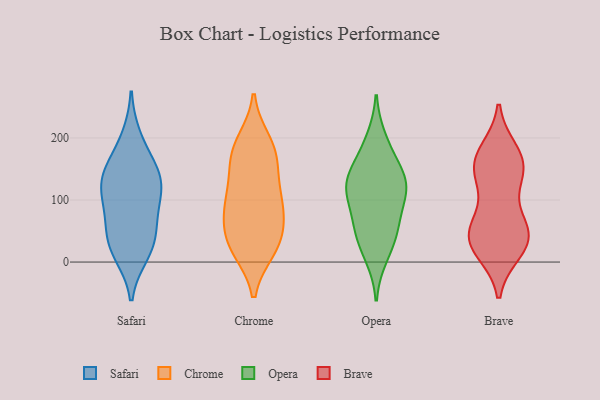
{"axis": {"x": "Budget (USD K)", "y": "Value"}, "legend": ["Brave", "Chrome", "Opera", "Safari"], "data": [{"x": "", "y": 93, "type": "Safari"}, {"x": "", "y": 27, "type": "Safari"}, {"x": "", "y": 52, "type": "Safari"}, {"x": "", "y": 125, "type": "Safari"}, {"x": "", "y": 28, "type": "Safari"}, {"x": "", "y": 133, "type": "Safari"}, {"x": "", "y": 139, "type": "Safari"}, {"x": "", "y": 161, "type": "Safari"}, {"x": "", "y": 14, "type": "Safari"}, {"x": "", "y": 123, "type": "Safari"}, {"x": "", "y": 77, "type": "Safari"}, {"x": "", "y": 199, "type": "Safari"}, {"x": "", "y": 175, "type": "Chrome"}, {"x": "", "y": 35, "type": "Chrome"}, {"x": "", "y": 175, "type": "Chrome"}, {"x": "", "y": 110, "type": "Chrome"}, {"x": "", "y": 118, "type": "Chrome"}, {"x": "", "y": 88, "type": "Chrome"}, {"x": "", "y": 192, "type": "Chrome"}, {"x": "", "y": 77, "type": "Chrome"}, {"x": "", "y": 27, "type": "Chrome"}, {"x": "", "y": 82, "type": "Chrome"}, {"x": "", "y": 166, "type": "Chrome"}, {"x": "", "y": 32, "type": "Chrome"}, {"x": "", "y": 22, "type": "Chrome"}, {"x": "", "y": 171, "type": "Opera"}, {"x": "", "y": 115, "type": "Opera"}, {"x": "", "y": 10, "type": "Opera"}, {"x": "", "y": 120, "type": "Opera"}, {"x": "", "y": 132, "type": "Opera"}, {"x": "", "y": 134, "type": "Opera"}, {"x": "", "y": 57, "type": "Opera"}, {"x": "", "y": 36, "type": "Opera"}, {"x": "", "y": 54, "type": "Opera"}, {"x": "", "y": 127, "type": "Opera"}, {"x": "", "y": 197, "type": "Opera"}, {"x": "", "y": 88, "type": "Opera"}, {"x": "", "y": 43, "type": "Brave"}, {"x": "", "y": 150, "type": "Brave"}, {"x": "", "y": 41, "type": "Brave"}, {"x": "", "y": 156, "type": "Brave"}, {"x": "", "y": 27, "type": "Brave"}, {"x": "", "y": 176, "type": "Brave"}, {"x": "", "y": 120, "type": "Brave"}, {"x": "", "y": 57, "type": "Brave"}, {"x": "", "y": 163, "type": "Brave"}, {"x": "", "y": 20, "type": "Brave"}, {"x": "", "y": 35, "type": "Brave"}, {"x": "", "y": 56, "type": "Brave"}, {"x": "", "y": 157, "type": "Brave"}]}